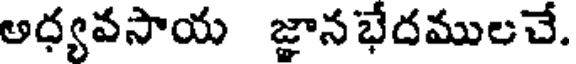
అధ్యవసాయ జ్ఞానభేదములచే.